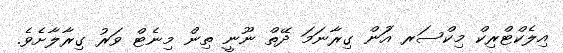
އިލެކްޓްރިކް މިކްސަރ އަުން ގިރާނަމަ ދޭތް ނޫނީ ތިން މިނެޓް ވަރު ގިރާލާށެވެ.